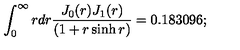
\int _ { 0 } ^ { \infty } r d r \frac { J _ { 0 } ( r ) J _ { 1 } ( r ) } { \left( 1 + r \sinh r \right) } = 0 . 1 8 3 0 9 6 ;